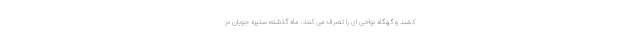
کشند و گهگاه نواحی ای را تصرف می کنند. ماه گذشته؛ ستیزه جویان در